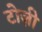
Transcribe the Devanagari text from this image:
टोज़ी